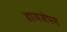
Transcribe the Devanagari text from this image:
डायजेपम